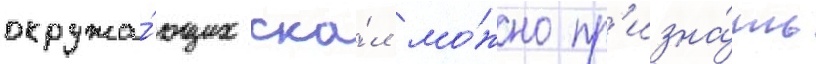
окружа́ющих ска́л мо́жно пр'изна́ть